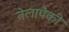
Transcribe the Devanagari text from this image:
तेलापैकी